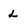
Character: L